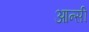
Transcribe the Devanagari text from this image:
आन्सी